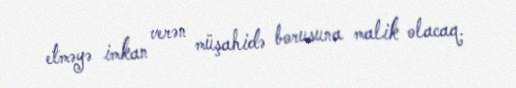
etməyə imkan verən müşahidə borusuna malik olacaq.